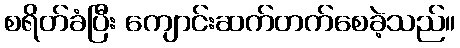
စရိတ်ခံပြီး ကျောင်းဆက်တက်စေခဲ့သည်။